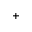
+